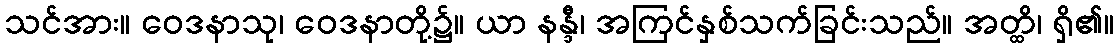
သင်အား။ ဝေဒနာသု၊ ဝေဒနာတို့၌။ ယာ နန္ဒီ၊ အကြင်နှစ်သက်ခြင်းသည်။ အတ္ထိ၊ ရှိ၏။